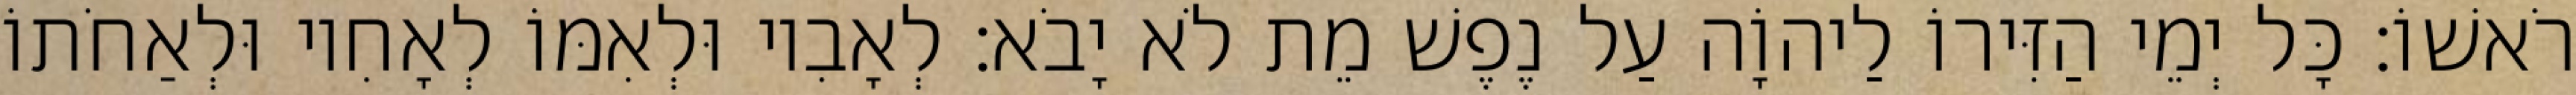
רֹאשׁוֹ׃ כָּל יְמֵי הַזִּירוֹ לַיהוָֹה עַל נֶפֶשׁ מֵת לֹא יָבֹא׃ לְאָבִיו וּלְאִמּוֹ לְאָחִיו וּלְאַחֹתוֹ